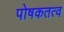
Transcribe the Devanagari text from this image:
पोषकतत्व